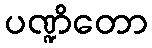
ပဏ္ဍိတော